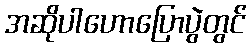
အဆိုပါဟောပြောပွဲတွင်